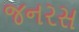
જનરસ